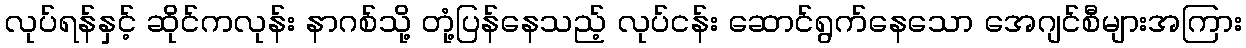
လုပ်ရန်နှင့် ဆိုင်ကလုန်း နာဂစ်သို့ တုံ့ပြန်နေသည့် လုပ်ငန်း ဆောင်ရွက်နေသော အေဂျင်စီများအကြား